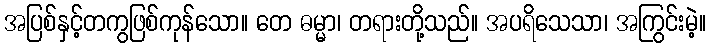
အပြစ်နှင့်တကွဖြစ်ကုန်သော။ တေ ဓမ္မာ၊ တရားတို့သည်။ အပရိသေသာ၊ အကြွင်းမဲ့။